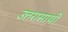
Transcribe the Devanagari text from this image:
उत्तरासाथी